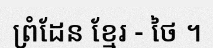
ព្រំដែន ខ្មែរ - ថៃ ។